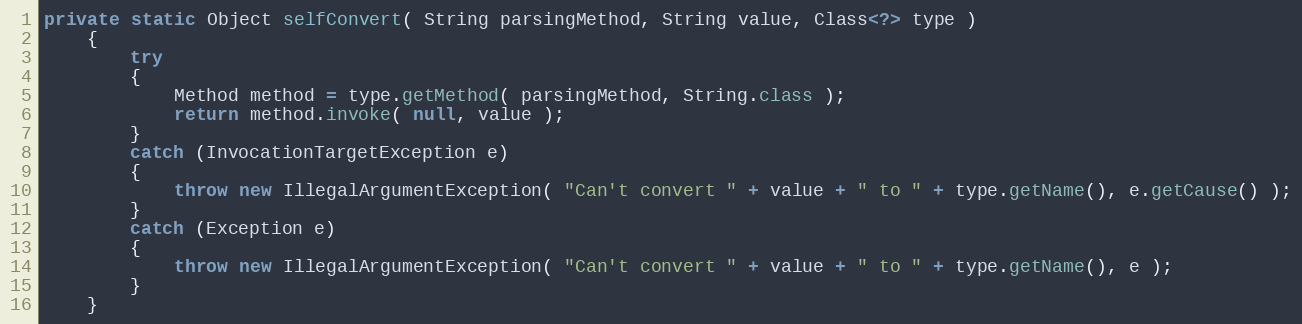
Language: Java
private static Object selfConvert( String parsingMethod, String value, Class<?> type )
    {
        try
        {
            Method method = type.getMethod( parsingMethod, String.class );
            return method.invoke( null, value );
        }
        catch (InvocationTargetException e)
        {
            throw new IllegalArgumentException( "Can't convert " + value + " to " + type.getName(), e.getCause() );
        }
        catch (Exception e)
        {
            throw new IllegalArgumentException( "Can't convert " + value + " to " + type.getName(), e );
        }
    }